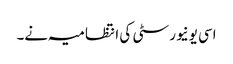
اسی یونیورسٹی کی انتظامیہ نے۔